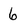
Character: 6